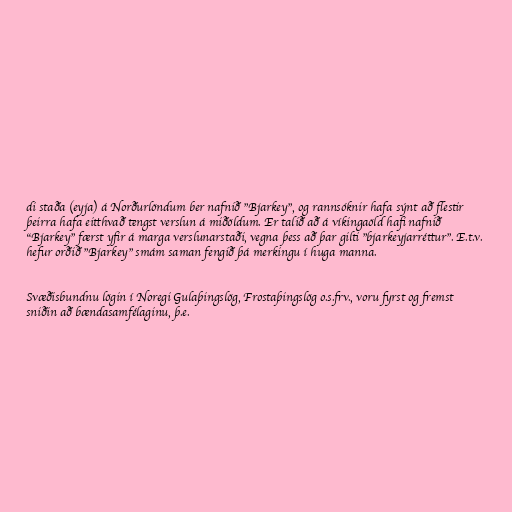
di staða (eyja) á Norðurlöndum ber nafnið "Bjarkey", og rannsóknir hafa sýnt að flestir
þeirra hafa eitthvað tengst verslun á miðöldum. Er talið að á víkingaöld hafi nafnið
"Bjarkey" færst yfir á marga verslunarstaði, vegna þess að þar gilti "bjarkeyjarréttur". E.t.v.
hefur orðið "Bjarkey" smám saman fengið þá merkingu í huga manna.

Svæðisbundnu lögin í Noregi Gulaþingslög, Frostaþingslög o.s.frv., voru fyrst og fremst
sniðin að bændasamfélaginu, þ.e.